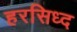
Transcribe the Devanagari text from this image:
हरसिध्द